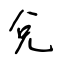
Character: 兌